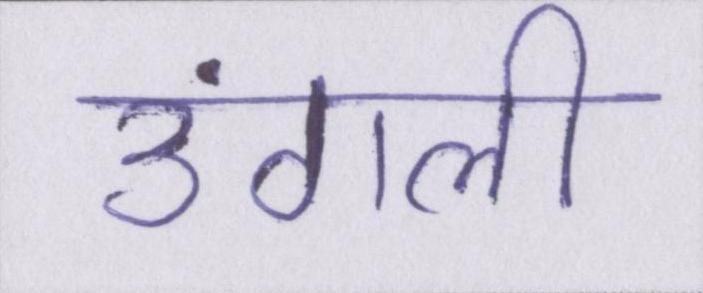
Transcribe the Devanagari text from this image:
उंगली